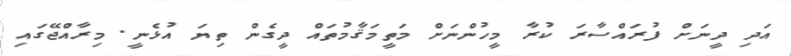
އަދި ދީނަށް ފުރައްސާރަ ކުރާ މީހުންނަށް މަތީމަޤާމުތައް ދީގެން ތިޔަ އުޅެނީ. މިރާއްޖޭގައި